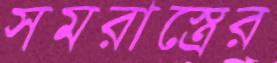
সমরাস্ত্রের